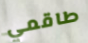
طاقمي